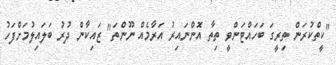
"ކީތްކުރަން ތިރީގަ ބަހައްޓަންވީ ތިތާ އޮންނައިރު އަރާމެއް ނޫންތަ" ޒައިކާން ދުރު ބަލައިލުމަށްފަހު